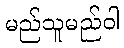
မည်သူမည်ဝါ